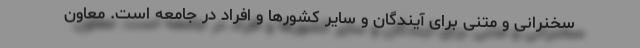
سخنرانی و متنی برای آیندگان و سایر کشورها و افراد در جامعه است. معاون